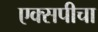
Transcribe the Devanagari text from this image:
एक्सपीचा